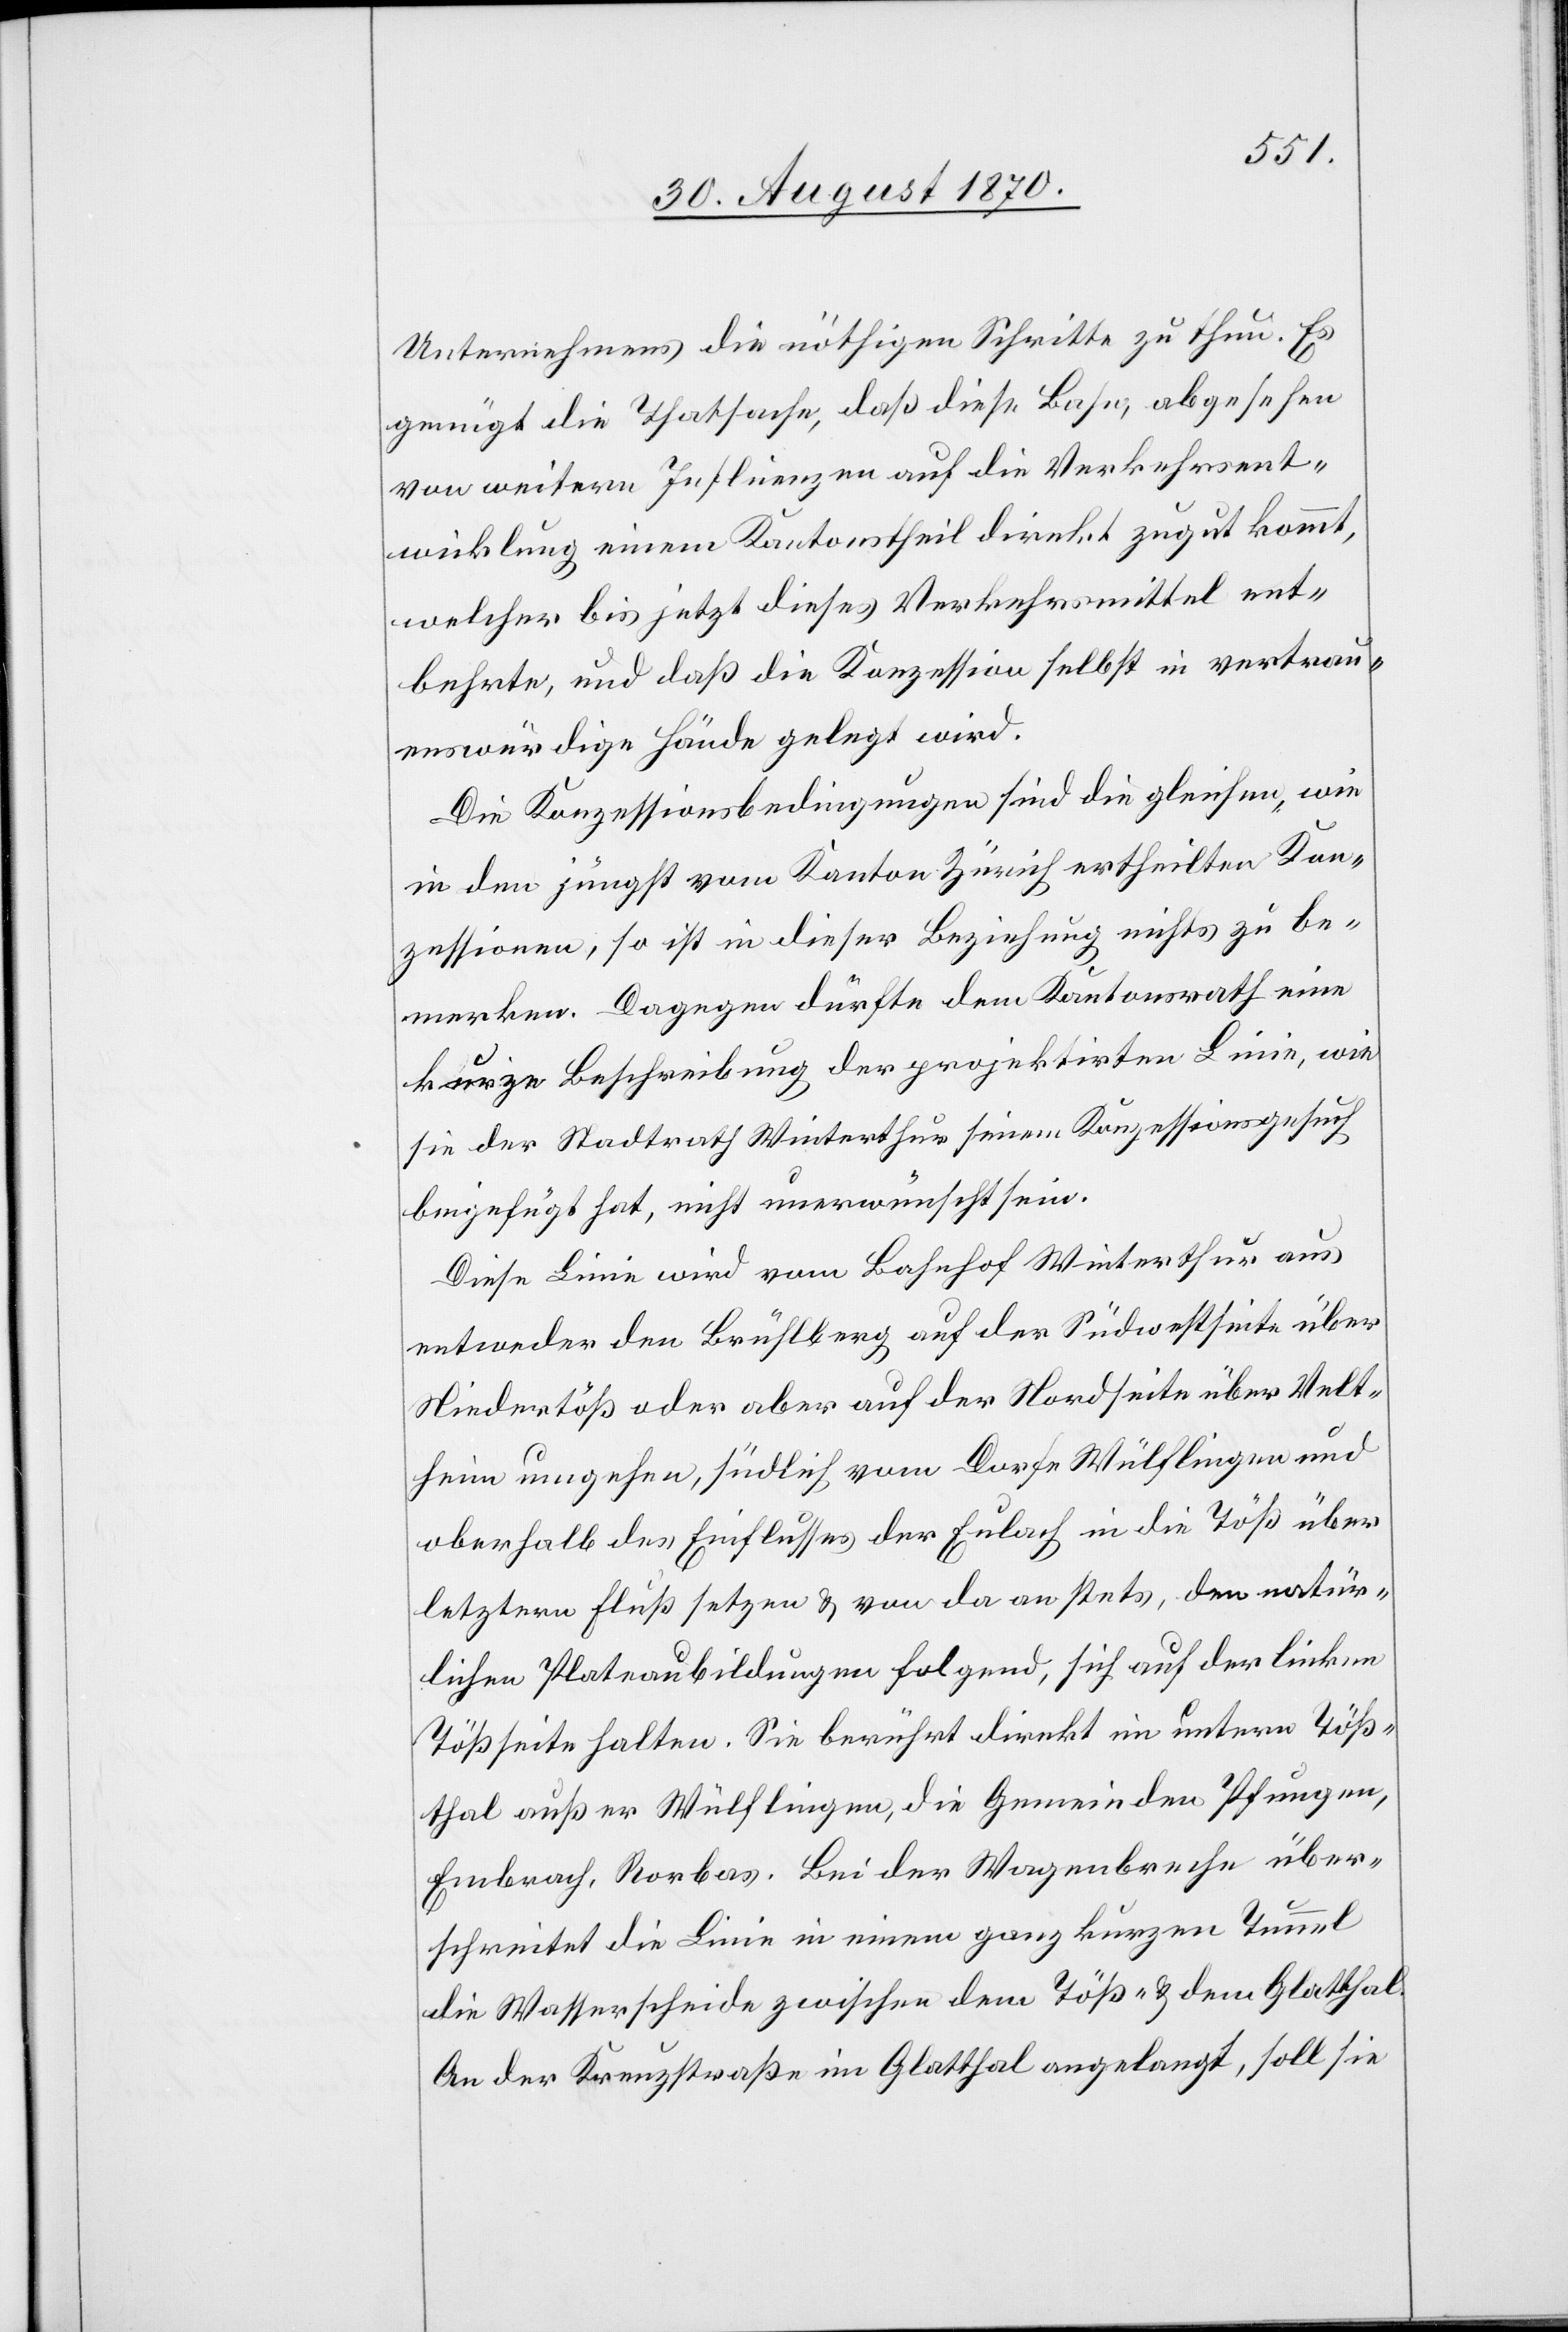
Unternehmens die nöthigen Schritte zu thun. Es
genügt die Thatsache, daß diese Bahn, abgesehen
von weitern Influenzen auf die Verkehrsent¬
wicklung einem Kantonstheil direkt zugut kommt,
welcher bis jetzt dieses Verkehrsmittel[s] ent¬
behrte, und daß die Konzession selbst in vertrau¬
enswürdige Hände gelegt wird.
Die Konzessionsbedingungen sind die gleichen, wie
in den jüngst vom Kanton Zürich ertheilten Kon¬
zessionen, so ist in dieser Beziehung nichts zu be¬
merken. Dagegen dürfte dem Kantonsrath eine
kurze Beschreibung der projektirten Linie, wie
sie der Stadtrath Winterthur seinem Konzessionsgesuch
beigefügt hat, nicht unerwünscht sein.
Diese Linie wird vom Bahnhof Winterthur aus
entweder den Brühlberg auf der Südwestseite über
Niedertöß oder aber auf der Nordseite über Velt¬
heim umgehen, südlich vom Dorfe Wülflingen und
oberhalb des Einflusses der Eulach in die Töß über
letztern Fluß setzen & von da an stets, den natür¬
lichen Plateaubildungen folgend, sich auf der linken
Tößseite halten. Sie berührt direkt im untern Töß¬
thal außer Wülflingen, die Gemeinden Pfungen,
Embrach, Rorbas. Bei der Wagenbreche über¬
schreitet die Linie in einem ganz kurzen Tunnel
die Wasserscheide zwischen dem Töß- & dem Glatthal.
An der Kreuzstraße im Glatthal angelegt, soll sie